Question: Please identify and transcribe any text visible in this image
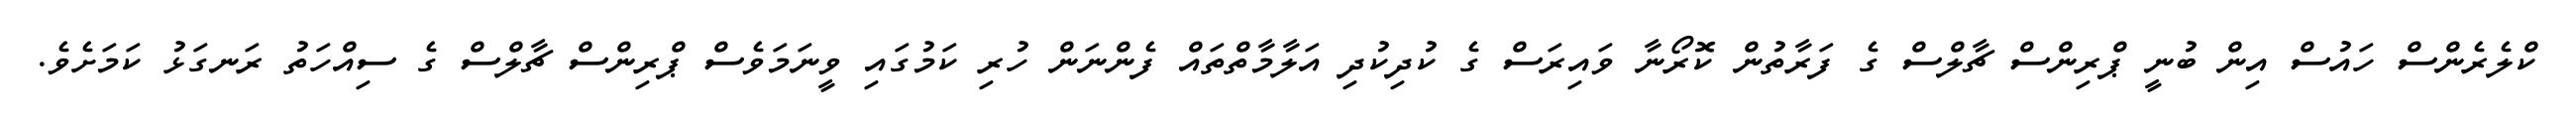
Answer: ކްލެރެންސް ހައުސް އިން ބުނީ ޕްރިންސް ޗާލްސް ގެ ފަރާތުން ކޮރޯނާ ވައިރަސް ގެ ކުދިކުދި އަލާމާތްތައް ފެންނަން ހުރި ކަމުގައި ވީނަމަވެސް ޕްރިންސް ޗާލްސް ގެ ސިއްހަތު ރަނގަޅު ކަމަށެވެ.